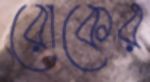
রোকের